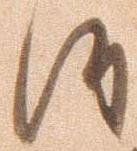
候